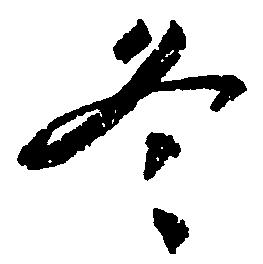
冬